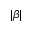
| \beta |